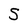
Character: S